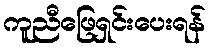
ကူညီဖြေရှင်းပေးရန်